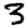
Digit: 3